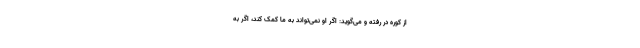
از کوره در رفته و می‌گوید: اگر او نمی‌تواند به ما کمک کند، اگر به